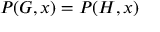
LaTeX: P ( G , x ) = P ( H , x )